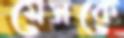
মেসকে